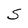
Character: S